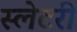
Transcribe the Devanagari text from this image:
स्लेटरी